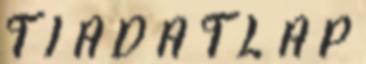
T I A D A T L A P